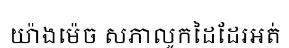
យ៉ាងម៉េច សភាលូកដៃដែរអត់